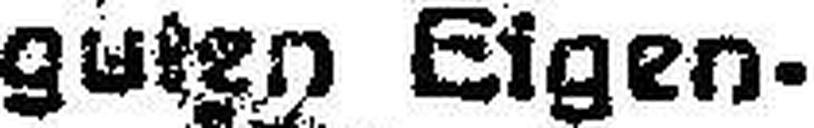
guten Eigen¬